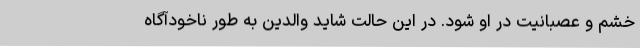
خشم و عصبانیت در او شود. در این حالت شاید والدین به طور ناخودآگاه